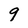
Character: 9